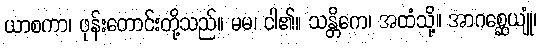
ယာစကာ၊ ဖုန်းတောင်းတို့သည်။ မမ၊ ငါ၏။ သန္တိကေ၊ အထံသို့။ အာဂစ္ဆေယျုံ၊